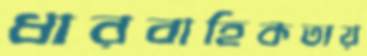
ধারবাহিকতায়